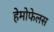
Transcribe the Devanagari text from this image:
हेमोफेलस